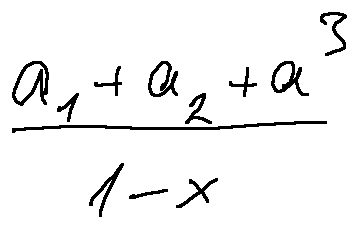
\frac { a _ { 1 } + a _ { 2 } + a ^ { 3 } } { 1 - x }